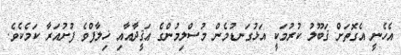
އެހެނީ އެގޮތަށް ޤަބޫލު ކުރުމަކީ އަޅުގަނޑުމެން މުސްލިމުންގެ ޢަޤީދާއާއި ޚިލާފްވެ ފުށުއަރާ ކަމެކެވެ.